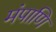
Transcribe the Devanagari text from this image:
मंपाणि